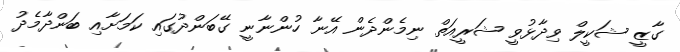
ގާޒީ ޝަކީލް ވިދާޅުވީ ޝަރީއަތް ނިމެންދެން އޭނާ ހުންނާނީ ގޭބަންދުގައި ކަމަށާއި ބަންދާމެދު